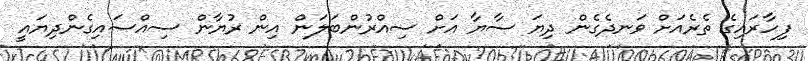
ފިހާރައިގެ ތެރެއަށް ވަނދެގެން ދިޔަ ސާޔާ އަށް ސިއްރުންބަލަން އިން ރުޔާން ސިއްސައިގެންދިޔައީ